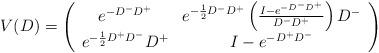
LaTeX: \begin{align*}V(D)=\left( \begin{array}{cc} e^{-D^- D^+} & e^{-\frac{1}{2}D^- D^+}\left( \frac{I- e^{-D^- D^+}}{D^- D^+} \right) D^-\\e^{-\frac{1}{2}D^+ D^-}D^+& I- e^{-D^+ D^-}\end{array} \right)\end{align*}